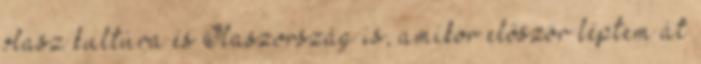
olasz kultúra és Olaszország is, amikor először léptem át